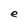
Character: e